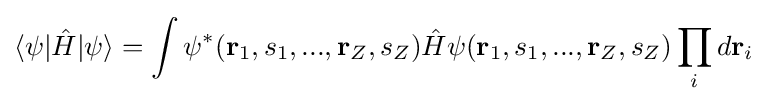
\langle \psi |{\hat {H}}|\psi \rangle =\int \psi ^{*}(\mathbf {r} _{1},s_{1},...,\mathbf {r} _{Z},s_{Z}){\hat {H}}\psi (\mathbf {r} _{1},s_{1},...,\mathbf {r} _{Z},s_{Z})\prod _{i}d\mathbf {r} _{i}